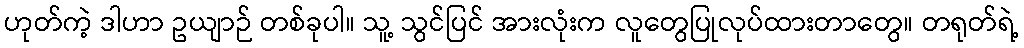
ဟုတ်ကဲ့ ဒါဟာ ဥယျာဉ် တစ်ခုပါ။ သူ့ သွင်ပြင် အားလုံးက လူတွေပြုလုပ်ထားတာတွေ။ တရုတ်ရဲ့